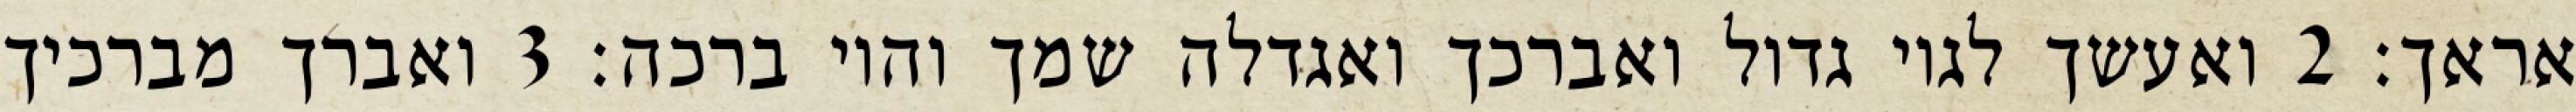
אראך׃ ‎2‏ ואעשך לגוי גדול ואברכך ואגדלה שמך והוי ברכה׃ ‎3‏ ואברך מברכיך